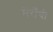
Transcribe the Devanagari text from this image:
मेंराँची